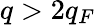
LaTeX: q>2q_{F}